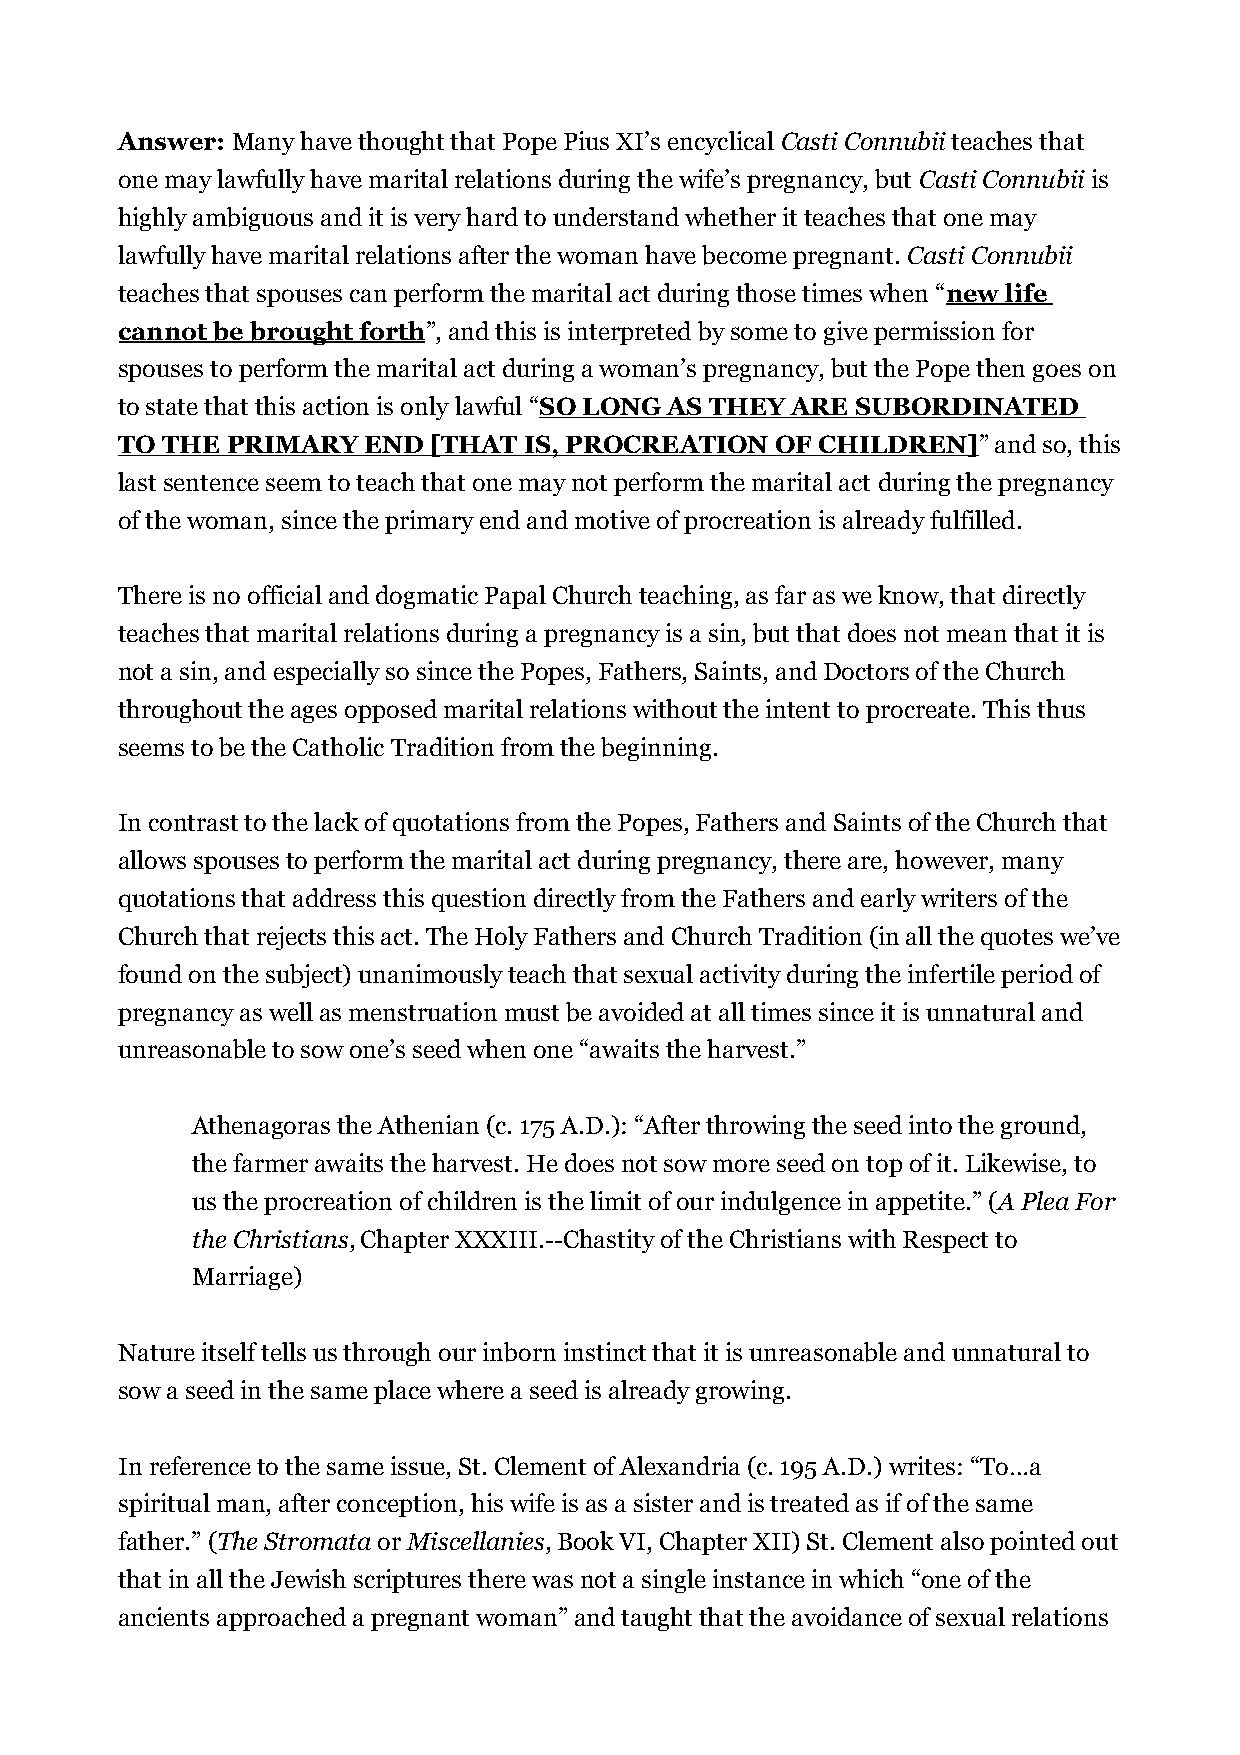
Answer: Many have thought that Pope Pius XI’s encyclical Casti Connubii teaches that
 one may lawfully have marital relations during the wife’s pregnancy, but Casti Connubii is
 highly ambiguous and it is very hard to understand whether it teaches that one may
 lawfully have marital relations after the woman have become pregnant. Casti Connubii
 teaches that spouses can perform the marital act during those times when “new life
 cannot be brought forth”, and this is interpreted by some to give permission for
 spouses to perform the marital act during a woman’s pregnancy, but the Pope then goes on
 to state that this action is only lawful “SO LONG AS THEY ARE SUBORDINATED
 TO THE PRIMARY  END [THAT  IS, PROCREATION OF CHILDREN]”  and so, this
 last sentence seem to teach that one may not perform the marital act during the pregnancy
 of the woman, since the primary end and motive of procreation is already fulfilled.
 There is no official and dogmatic Papal Church teaching, as far as we know, that directly
 teaches that marital relations during a pregnancy is a sin, but that does not mean that it is
 not a sin, and especially so since the Popes, Fathers, Saints, and Doctors of the Church
 throughout the ages opposed marital relations without the intent to procreate. This thus
 seems to be the Catholic Tradition from the beginning.
 In contrast to the lack of quotations from the Popes, Fathers and Saints of the Church that
 allows spouses to perform the marital act during pregnancy, there are, however, many
 quotations that address this question directly from the Fathers and early writers of the
 Church that rejects this act. The Holy Fathers and Church Tradition (in all the quotes we’ve
 found on the subject) unanimously teach that sexual activity during the infertile period of
 pregnancy as well as menstruation must be avoided at all times since it is unnatural and
 unreasonable to sow one’s seed when one “awaits the harvest.”
 Athenagoras the Athenian (c. 175 A.D.): “After throwing the seed into the ground,
 the farmer awaits the harvest. He does not sow more seed on top of it. Likewise, to
 us the procreation of children is the limit of our indulgence in appetite.” (A Plea For
 the Christians, Chapter XXXIII.--Chastity of the Christians with Respect to
 Marriage)
 Nature itself tells us through our inborn instinct that it is unreasonable and unnatural to
 sow a seed in the same place where a seed is already growing.
 In reference to the same issue, St. Clement of Alexandria (c. 195 A.D.) writes: “To…a
 spiritual man, after conception, his wife is as a sister and is treated as if of the same
 father.” (The Stromata or Miscellanies, Book VI, Chapter XII) St. Clement also pointed out
 that in all the Jewish scriptures there was not a single instance in which “one of the
 ancients approached a pregnant woman” and taught that the avoidance of sexual relations